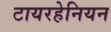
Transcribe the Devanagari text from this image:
टायरहेनियन